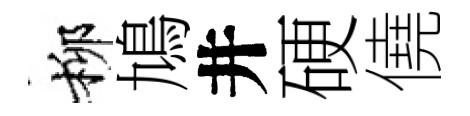
柳鳩井硬僥